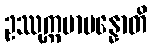
ဥဿုက္ကမာပန္နောတိ